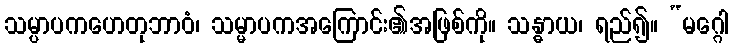
သမ္ပာပကဟေတုဘာဝံ၊ သမ္မာပကအကြောင်း၏အဖြစ်ကို။ သန္ဓာယ၊ ရည်၍။ “မဂ္ဂေါ